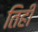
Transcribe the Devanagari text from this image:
तिही